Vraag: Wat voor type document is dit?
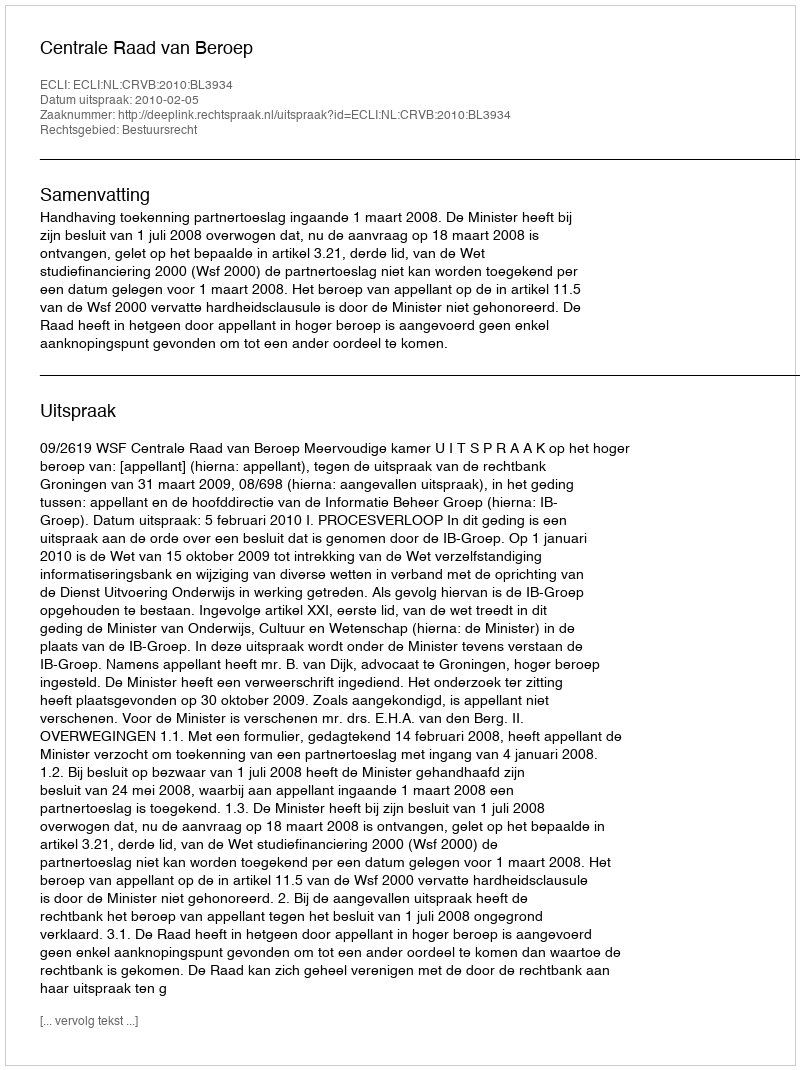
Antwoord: Uitspraak